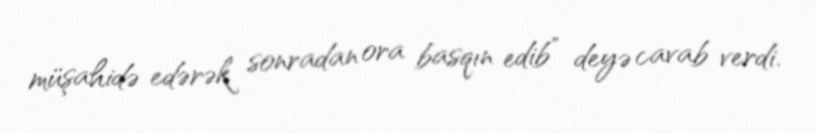
müşahidə edərək sonradan ora basqın edib” deyə cavab verdi.